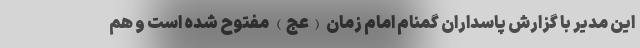
این مدیر با گزارش پاسداران گمنام امام زمان (عج) مفتوح شده است و هم